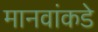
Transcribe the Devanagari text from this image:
मानवांकडे